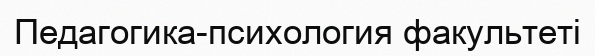
Педагогика-психология факультеті